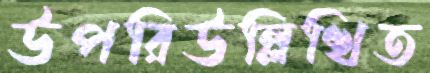
উপরিউল্লিখিত